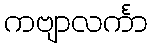
ကဗျာလင်္ကာ